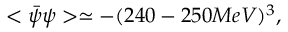
< \bar { \psi } \psi > \simeq - ( 2 4 0 - 2 5 0 M e V ) ^ { 3 } ,